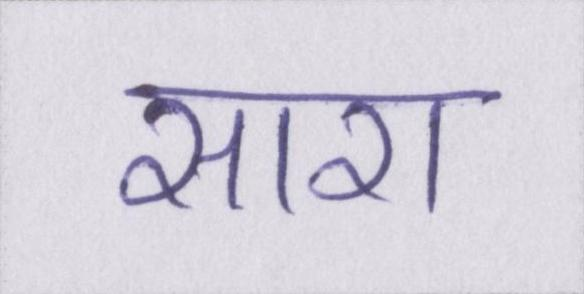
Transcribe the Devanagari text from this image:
सारा